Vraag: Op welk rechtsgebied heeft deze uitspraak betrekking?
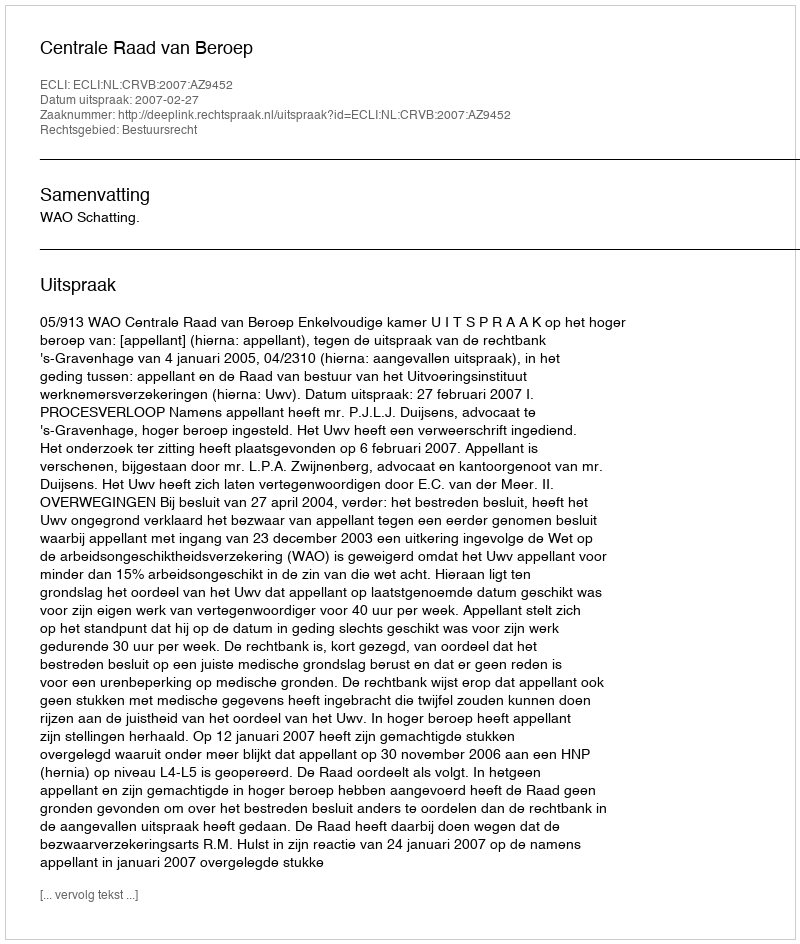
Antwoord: Bestuursrecht